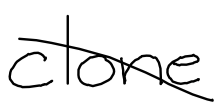
Text: clone
Cross-out: diagonal
Writing tool: digital_black